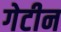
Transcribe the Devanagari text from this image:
गेटीन